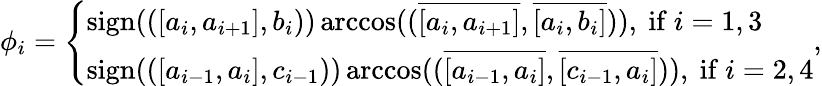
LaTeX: \phi_{i}=\left\{ \begin{array}{ll}{\mathrm{sign}(([a_{i},a_{i+1}],b_{i}))\operatorname{arccos}((\overline{{[a_{i},a_{i+1}]}},\overline{{[a_{i},b_{i}]}})),\mathrm{~if~}i=1,3}\\ {\mathrm{sign}(([a_{i-1},a_{i}],c_{i-1}))\operatorname{arccos}((\overline{{[a_{i-1},a_{i}]}},\overline{{[c_{i-1},a_{i}]}})),\mathrm{~if~}i=2,4}\end{array}\right.,